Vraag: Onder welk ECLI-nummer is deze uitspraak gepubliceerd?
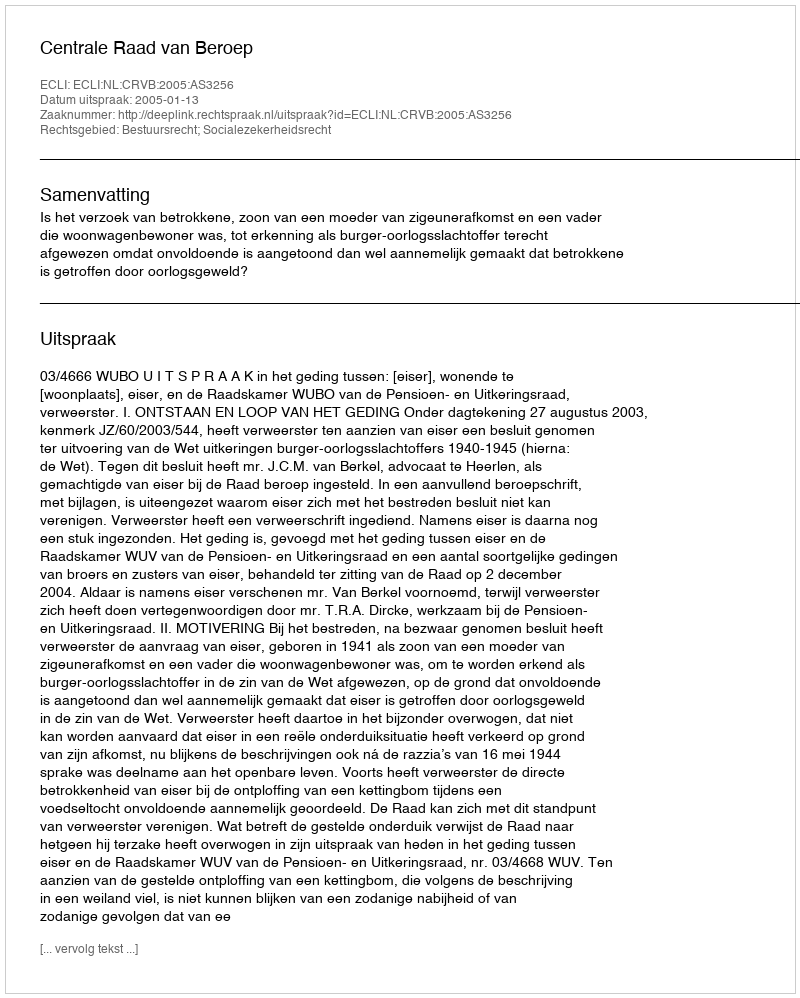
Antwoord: ECLI:NL:CRVB:2005:AS3256